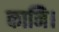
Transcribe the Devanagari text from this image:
कानि।